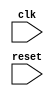
module clk_trigger (
    input wire clk,
    input wire reset,
    // add any other input ports here
    
    // add any output ports here
);

// define any internal registers or wires here

// always block triggered on the falling edge of the clock signal
always @ (negedge clk)
begin
    if (reset)
    begin
        // perform reset operations here
    end
    else
    begin
        // perform logic operations based on the clock signal here
    end
end

// define any other logic or submodules here

endmodule